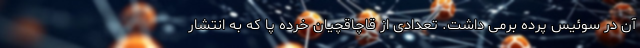
آن در سوئیس پرده برمی داشت. تعدادی از قاچاقچیان خرده پا که به انتشار